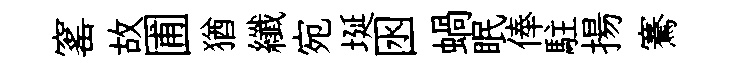
窰故圃猶纖宛埏囦蝸眠俸駐揚騫